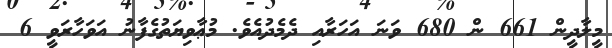
މީލާދީން 661 ން 680 ވަނަ އަހަރާއި ދެމެދުއެވެ. މުޢާވިޔަތުގެފާނު އަވަހާރަވީ 6